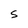
Character: S